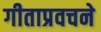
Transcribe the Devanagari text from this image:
गीताप्रवचने